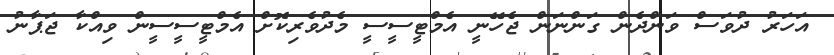
އަހަރު ދުވަސް ވަންދެން ގަންނަން ޖެހޭނީ އެމްޓީސީސީ މެދުވެރިކޮށް އެމްޓީސީސީން ވިއްކާ ޖަޕާނު